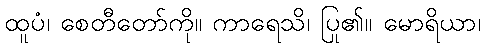
ထူပံ၊ စေတီတော်ကို။ ကာရေသိ၊ ပြု၏။ မောရိယာ၊